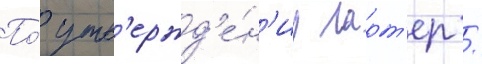
По́ утв'ержд'е́н'иу ларт'ер /